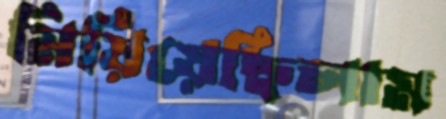
মিয়িয়েছিলাম